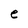
Character: e